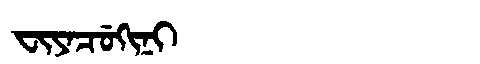
Manchu: ᠸᡳᠶᠠᠴᡠᡴᡳᠨᡳ
Romanization: FIYACUKINI